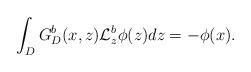
LaTeX: \begin{align*}\int_{D}G^{b}_{D}(x,z)\mathcal{L}^{b}_{z}\phi(z)dz=-\phi(x).\end{align*}